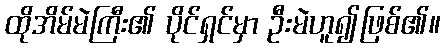
ထိုအိမ်မဲကြီး၏ ပိုင်ရှင်မှာ ဦးမဲဟူ၍ဖြစ်၏။